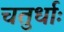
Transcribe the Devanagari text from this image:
चतुर्धाः